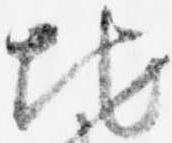
地